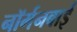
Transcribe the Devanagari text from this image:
नॉर्मनबाई